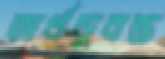
অর্ধডুবন্ত